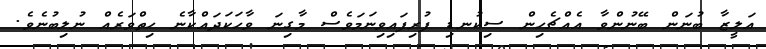
އަލީޒާ ބުނަން ބޭނުންވާ އެއްޗެހިން ސިކުނޑި ފުރިފައިވިނަމަވެސް މާގިނަ ވާހަކަދައްކާނެ ހިތްވަރެއް ނުލިބުނެވެ.